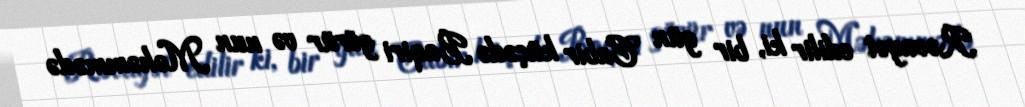
Rəvayət edilir ki, bir gün Cabir küçədə Baqiri görür və nun Məhəmmədə